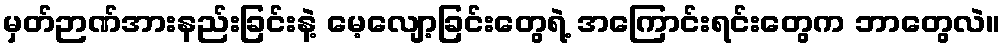
မှတ်ဉာဏ်အားနည်းခြင်းနဲ့ မေ့လျော့ခြင်းတွေရဲ့ အကြောင်းရင်းတွေက ဘာတွေလဲ။